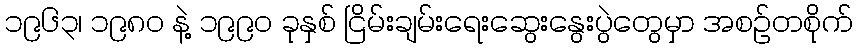
၁၉၆၃၊ ၁၉၈၀ နဲ့ ၁၉၉၀ ခုနှစ် ငြိမ်းချမ်းရေးဆွေးနွေးပွဲတွေမှာ အစဉ်တစိုက်